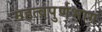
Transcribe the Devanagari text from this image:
महत्वपुर्णभाग